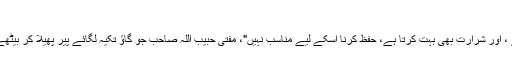
" شباز صاحب نے مضطرب انداز میں کہا،
" دیکھئے آپ کا بچہ پڑھنے میں انتہائی کمزور ہے ، اور شرارت بھی بہت کرتا ہے، حفظ کرنا اسکے لیے مناسب نہیں"، مفتی حبیب اللہ صاحب جو گاؤ تکیہ لگائے پیر پھیلا کر بیٹھے ہوئے تھے انتہائی پر سکون انداز میں جواب دیا، ۔